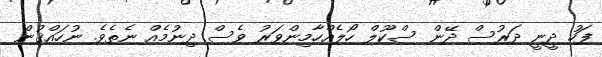
ފަހު ދީނީ ދަރުސް ދޭން ސްކޫލް ހޯލެއްހާމިންވަރު ވެސް ދިނުމެއް ނެތެވެ. ނުހައްޤުން